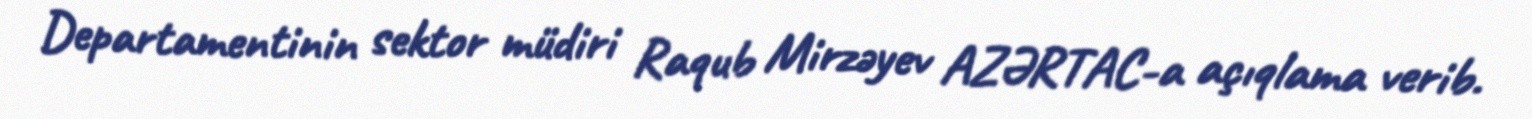
Departamentinin sektor müdiri Raqub Mirzəyev AZƏRTAC-a açıqlama verib.